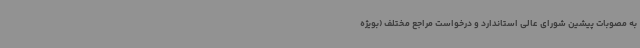
به مصوبات پیشین شورای عالی استاندارد و درخواست مراجع مختلف (بویژه